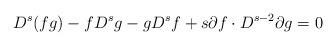
LaTeX: \begin{align*}D^s(fg) - fD^s g - gD^s f + s \partial f \cdot D^{s-2} \partial g =0\end{align*}